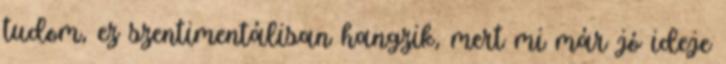
tudom, ez szentimentálisan hangzik, mert mi már jó ideje